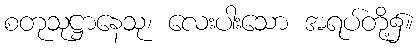
စတုသုဋ္ဌာနေသု၊ လေးပါးသော အရပ်တို့၌။